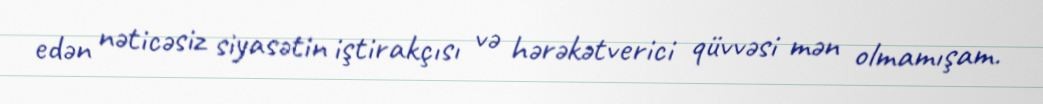
edən nəticəsiz siyasətin iştirakçısı və hərəkətverici qüvvəsi mən olmamışam.